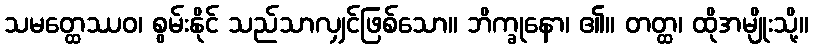
သမတ္ထေဿဝ၊ စွမ်းနိုင် သည်သာလျှင်ဖြစ်သော။ ဘိက္ခုနော၊ ၏။ တတ္ထ၊ ထိုအမျိုးသို့။